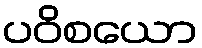
ပဝိစယော